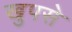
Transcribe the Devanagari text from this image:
खुपसे